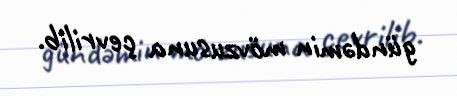
gündəmin mövzusuna çevrilib.